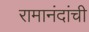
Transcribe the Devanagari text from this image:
रामानंदांची